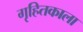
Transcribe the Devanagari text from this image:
गृहितकाला